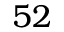
5 2